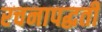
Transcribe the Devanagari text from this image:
रचनापद्धती